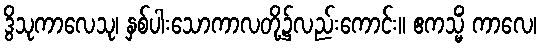
ဒွိသုကာလေသု၊ နှစ်ပါးသောကာလတို့၌လည်းကောင်း။ ဧကသ္မိံ ကာလေ၊